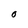
Character: O